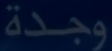
وجدة